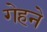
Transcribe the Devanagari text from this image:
गेहने